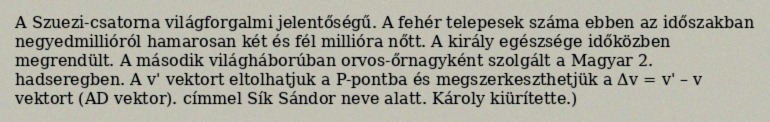
A Szuezi-csatorna világforgalmi jelentőségű. A fehér telepesek száma ebben az időszakban negyedmillióról hamarosan két és fél millióra nőtt. A király egészsége időközben megrendült. A második világháborúban orvos-őrnagyként szolgált a Magyar 2. hadseregben. A v' vektort eltolhatjuk a P-pontba és megszerkeszthetjük a Δv = v' – v vektort (AD vektor). címmel Sík Sándor neve alatt. Károly kiürítette.)